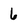
Character: 6